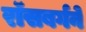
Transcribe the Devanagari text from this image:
रॉसबर्गने